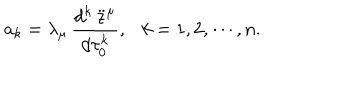
a _ { k } = \lambda _ { \mu } \, { \frac { d ^ { k } \, \ddot { z } ^ { \mu } } { d \tau _ { 0 } ^ { k } } } , k = 1 , 2 , \cdots , n .